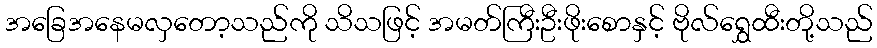
အခြေအနေမလှတော့သည်ကို သိသဖြင့် အမတ်ကြီးဦးဖိုးစောနှင့် ဗိုလ်ရွှေထီးတို့သည်